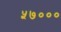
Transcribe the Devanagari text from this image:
५७०००